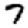
Digit: 7